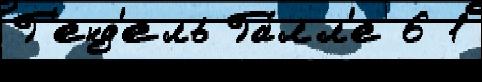
Г'енд'ель Га́лл'е 6 1